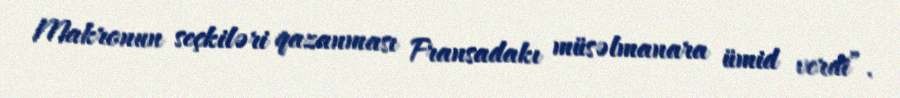
Makronun seçkiləri qazanması Fransadakı müsəlmanara ümid verdi”.